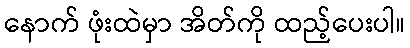
နောက် ဖုံးထဲမှာ အိတ်ကို ထည့်ပေးပါ။